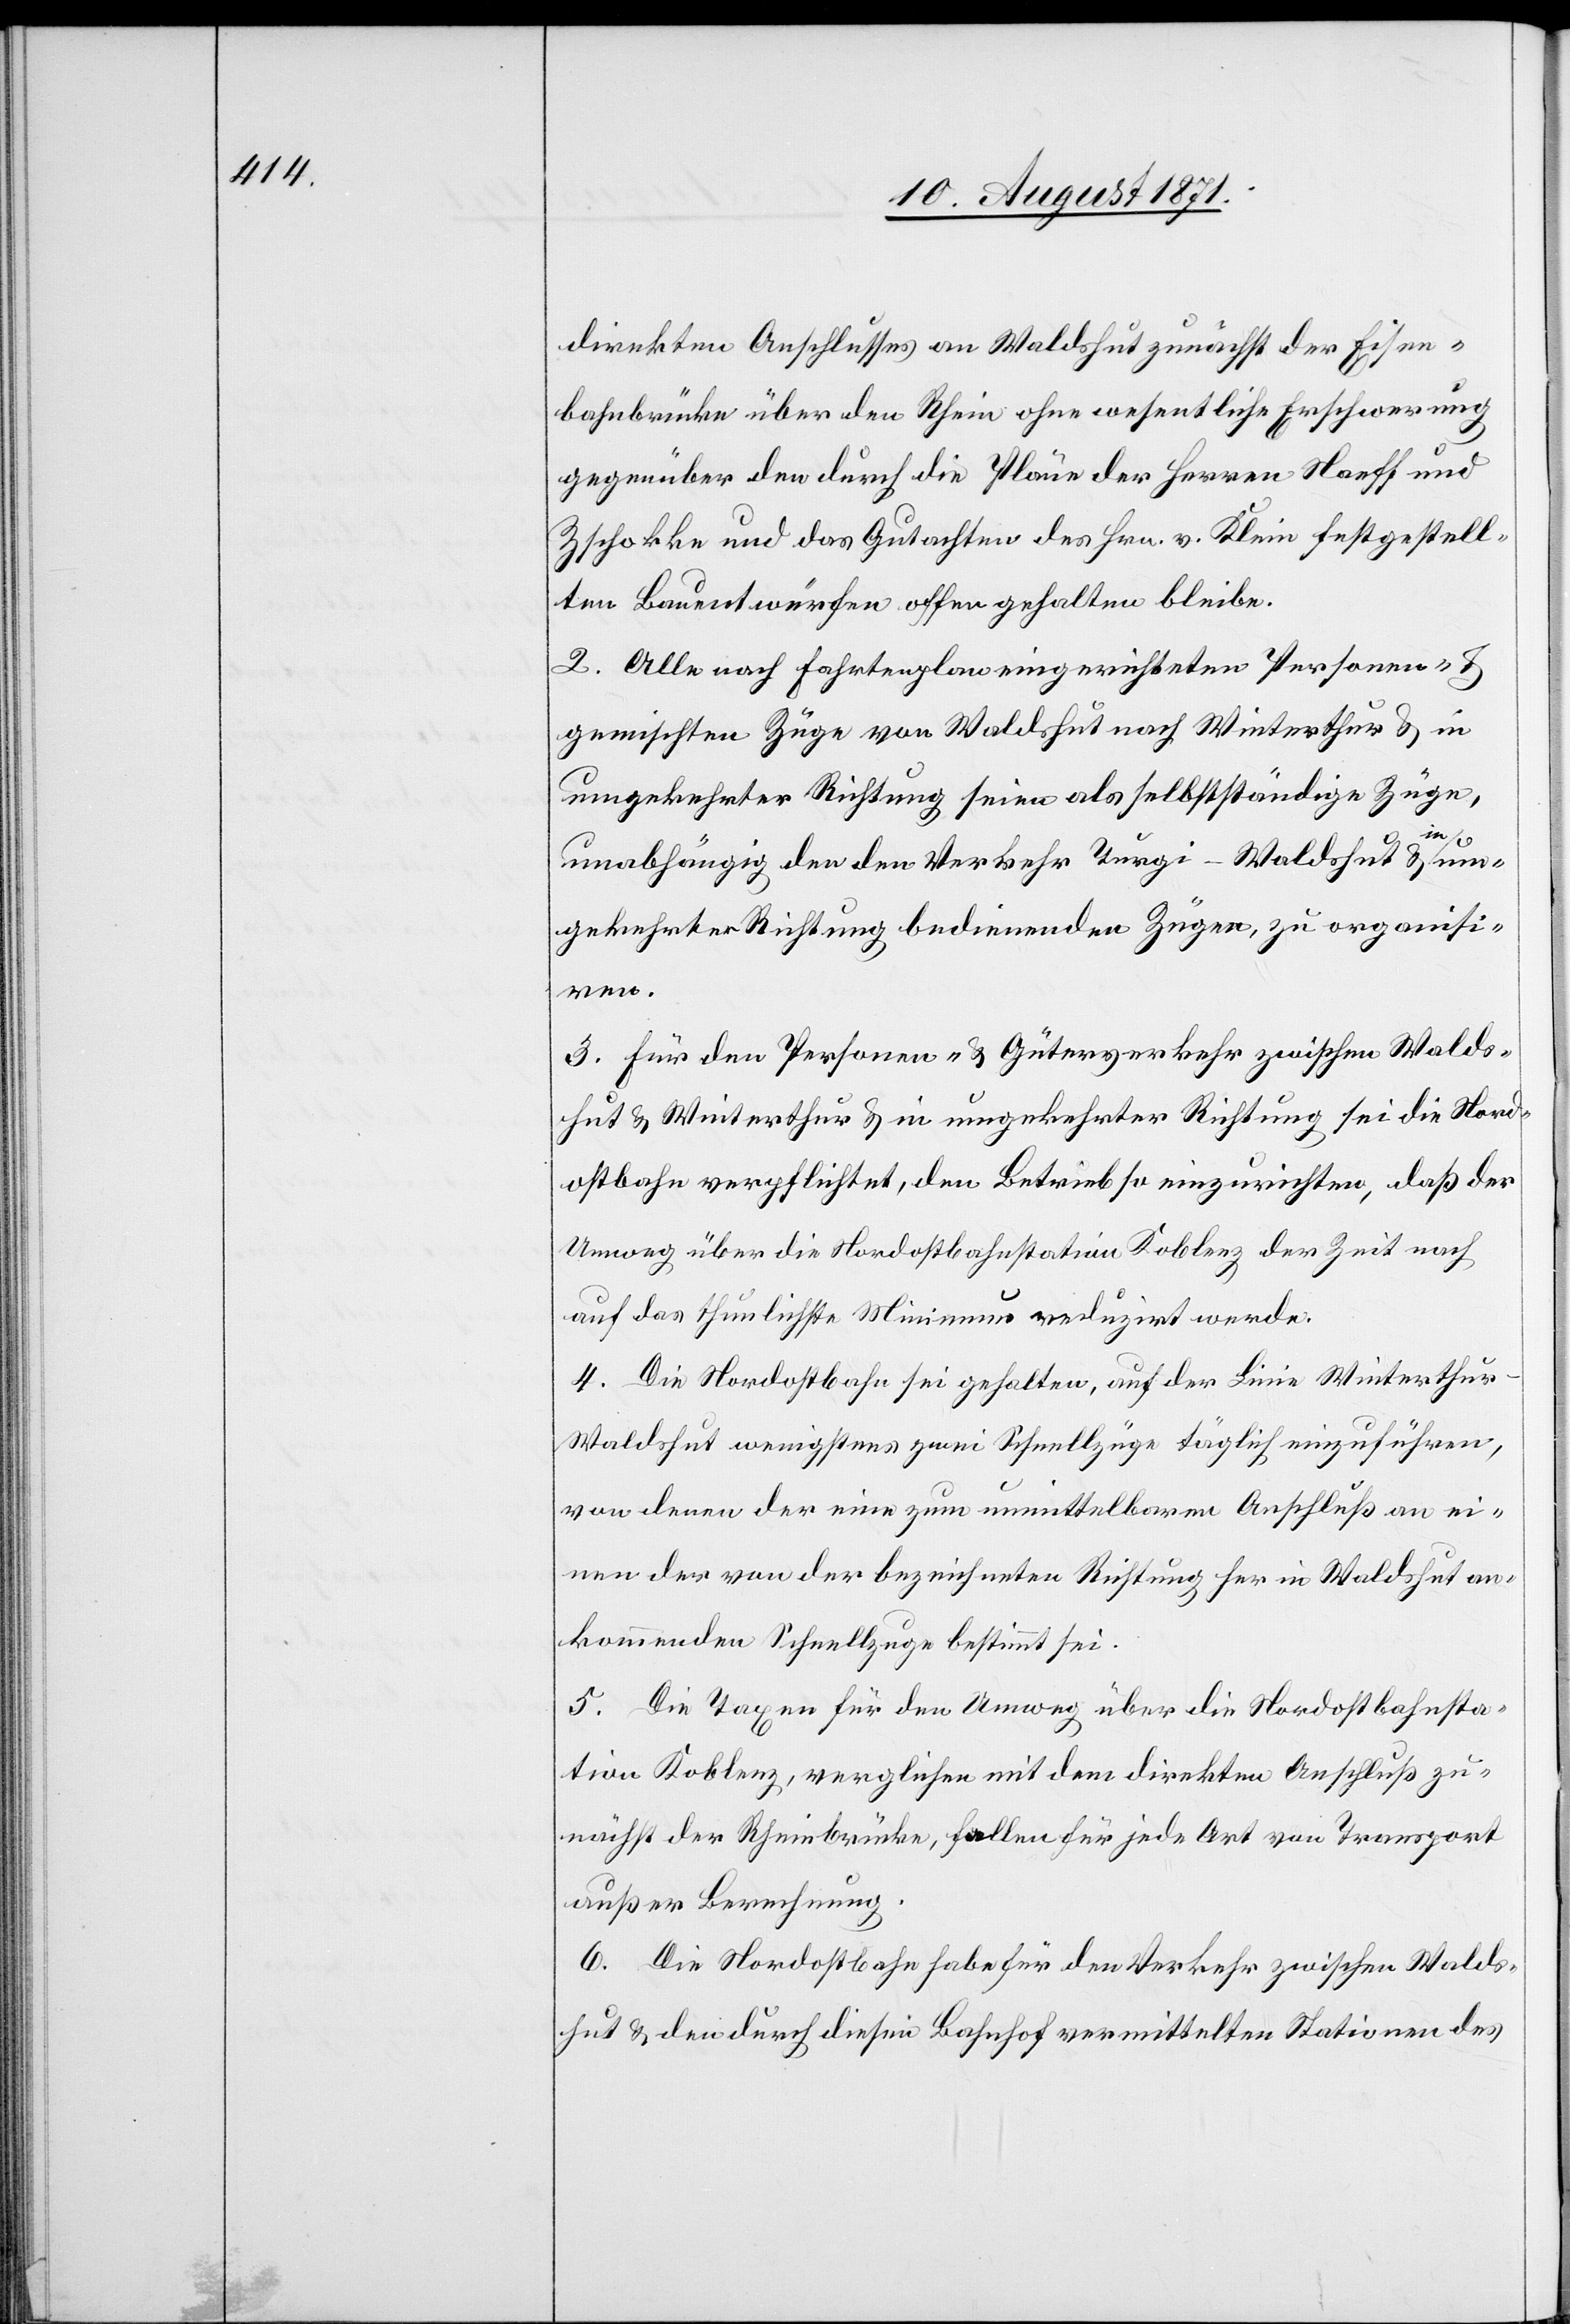
direkten Anschlusses an Waldshut zunächst der Eisen¬
bahnbrücke über den Rhein ohne wesentliche Erschwerung
gegenüber den durch die Pläne der Herren Naeff und
Zschokke und das Gutachten des Hrn. v. Klein festgestell¬
ten Bauentwürfen offengelassen bleibe.
2. Alle nach Fahrtenplan eingerichteten Personen- &
gemischten Züge von Waldshut nach Winterthur & in
umgekehrter Richtung seien als selbstständige Züge,
unabhängig der den Verkehr Turgi–Waldshut & in um¬
gekehrter Richtung bedienenden Züge, zu organisi¬
ren.
3. Für den Personen- & Güterverkehr zwischen Walds¬
hut & Winterthur & in umgekehrter Richtung sei die Nord¬
ostbahn verpflichtet, den Betrieb so einzurichten, daß der
Umweg über die Nordostbahnstation Koblenz der Zeit nach
auf das thunlichste Minimum reduziert werde.
4. Die Nordostbahn sei gehalten, auf der Linie Winterthur–W¬
aldshut wenigstens zwei Schnellzüge täglich einzuführen,
von denen der eine zum unmittelbaren Anschluß an ei¬
nen der von dazu bezeichneten Richtung her in Waldshut an¬
kommenden Schnellzuge bestimmt sei.
5. Die Taxen für den Umweg über die Nordostbahnsta¬
tion Koblenz, verglichen mit dem direkten Anschluß zu¬
nächst der Rheinbrücke, fallen für jede Art von Transport
außer Berechnung.
6. Die Nordostbahn habe für den Verkehr zwischen Walds¬
hut & den durch diesen Bahnhof vermittelten Stationen der